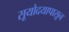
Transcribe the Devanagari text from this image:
सूयोदयापासून